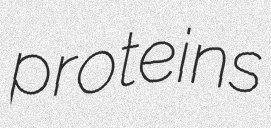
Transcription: proteins